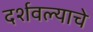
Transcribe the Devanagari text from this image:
दर्शवल्याचे